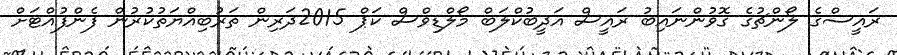
ރައީސްގެ ލޯންޗުގެ ގޮވުންނައިބު ރައީސް އަދީބުކްލަބް މޯލްޑިވްސް ކަޕް 2015ދަރިން ތަރުބިއްޔަތުކުރުން ފެންފުއްޓަށް